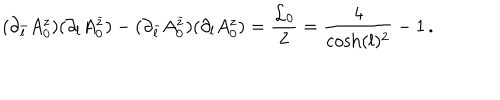
LaTeX: ( \partial _ { \bar { l } } A _ { 0 } ^ { z } ) ( \partial _ { l } A _ { 0 } ^ { \bar { z } } ) - ( \partial _ { \bar { l } } A _ { 0 } ^ { \bar { z } } ) ( \partial _ { l } A _ { 0 } ^ { z } ) = \frac { { \cal L } _ { 0 } } { 2 } = \frac { 4 } { \cosh ( l ) ^ { 2 } } - 1 \, .